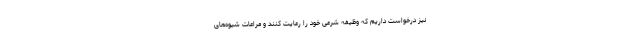
نیز درخواست داریم که وظیفه شرعی خود را رعایت کنند و مراعات شیوه‌های